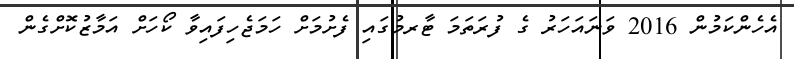
އެހެންކަމުން 2016 ވަނައަހަރު ގެ ފުރަތަމަ ޓާރމުގައި ފެށުމަށް ހަމަޖެހިފައިވާ ކޯހަށް އަމާޒުކޮށްގެން